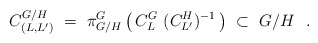
\begin{align*} C^{G/H}_{(L,L')} \ = \ \pi^{G}_{G/H}\left(\, C^G_L \ (C^H_{L'})^{-1} \, \right) \ \subset \ G/H \ \ .\end{align*}